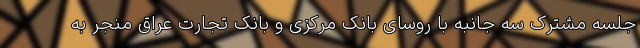
جلسه مشترک سه جانبه با روسای بانک مرکزی و بانک تجارت عراق منجر به